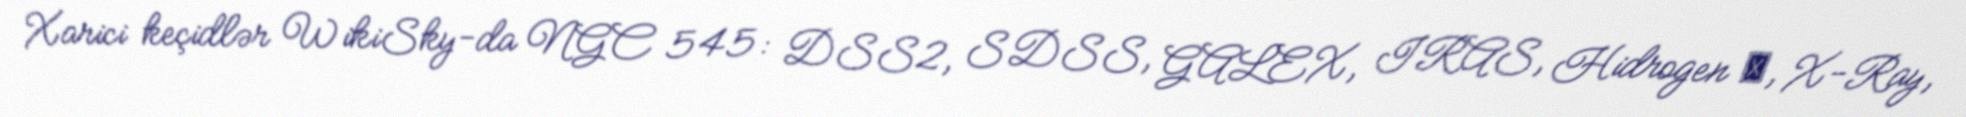
Xarici keçidlər WikiSky-da NGC 545: DSS2, SDSS, GALEX, IRAS, Hidrogen α, X-Ray,